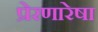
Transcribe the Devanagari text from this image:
प्रेरणारेषा